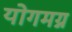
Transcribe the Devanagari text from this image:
योगमग्न